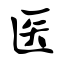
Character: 医